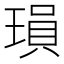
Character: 𬍽